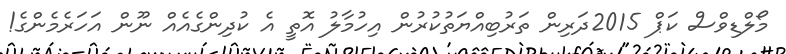
މޯލްޑިވްސް ކަޕް 2015ދަރިން ތަރުބިއްޔަތުކުރުން އިހުމާލު އޮތީ އެ ކުދިންގެއެއް ނޫން އަހަރެމެންގެ!